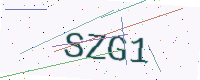
Text: SZG1